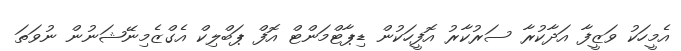
އެމީހަކު ވަޒީފާ އަދާކުރާ ސަރުކާރު އޮފީހަކުން ޑިޕާޓްމަންޓް އޮފް ޕަބްލިކް އެގްޒެމިނޭޝަނުން ނުވަތަ